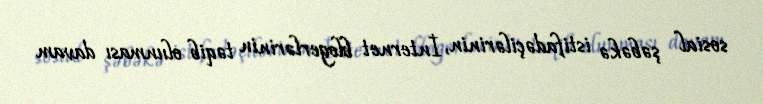
sosial şəbəkə istifadəçilərinin, İnternet blogerlərinin təqib olunması davam